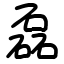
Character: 磊